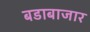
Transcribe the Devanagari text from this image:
बडाबाजार